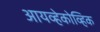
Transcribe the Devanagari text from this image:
आयव्हेकोव्हिक